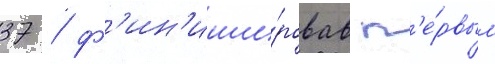
37 / ф'ин'иши́ровав п'е́рвым